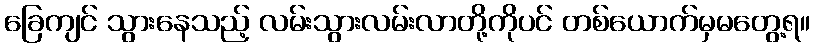
ခြေကျင် သွားနေသည့် လမ်းသွားလမ်းလာတို့ကိုပင် တစ်ယောက်မှမတွေ့ရ။